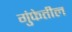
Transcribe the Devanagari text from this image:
गुंफेतील